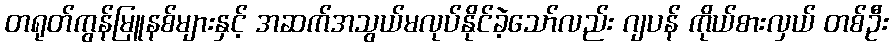
တရုတ်ကွန်မြူနစ်များနှင့် အဆက်အသွယ်မလုပ်နိုင်ခဲ့သော်လည်း ဂျပန် ကိုယ်စားလှယ် တစ်ဦး